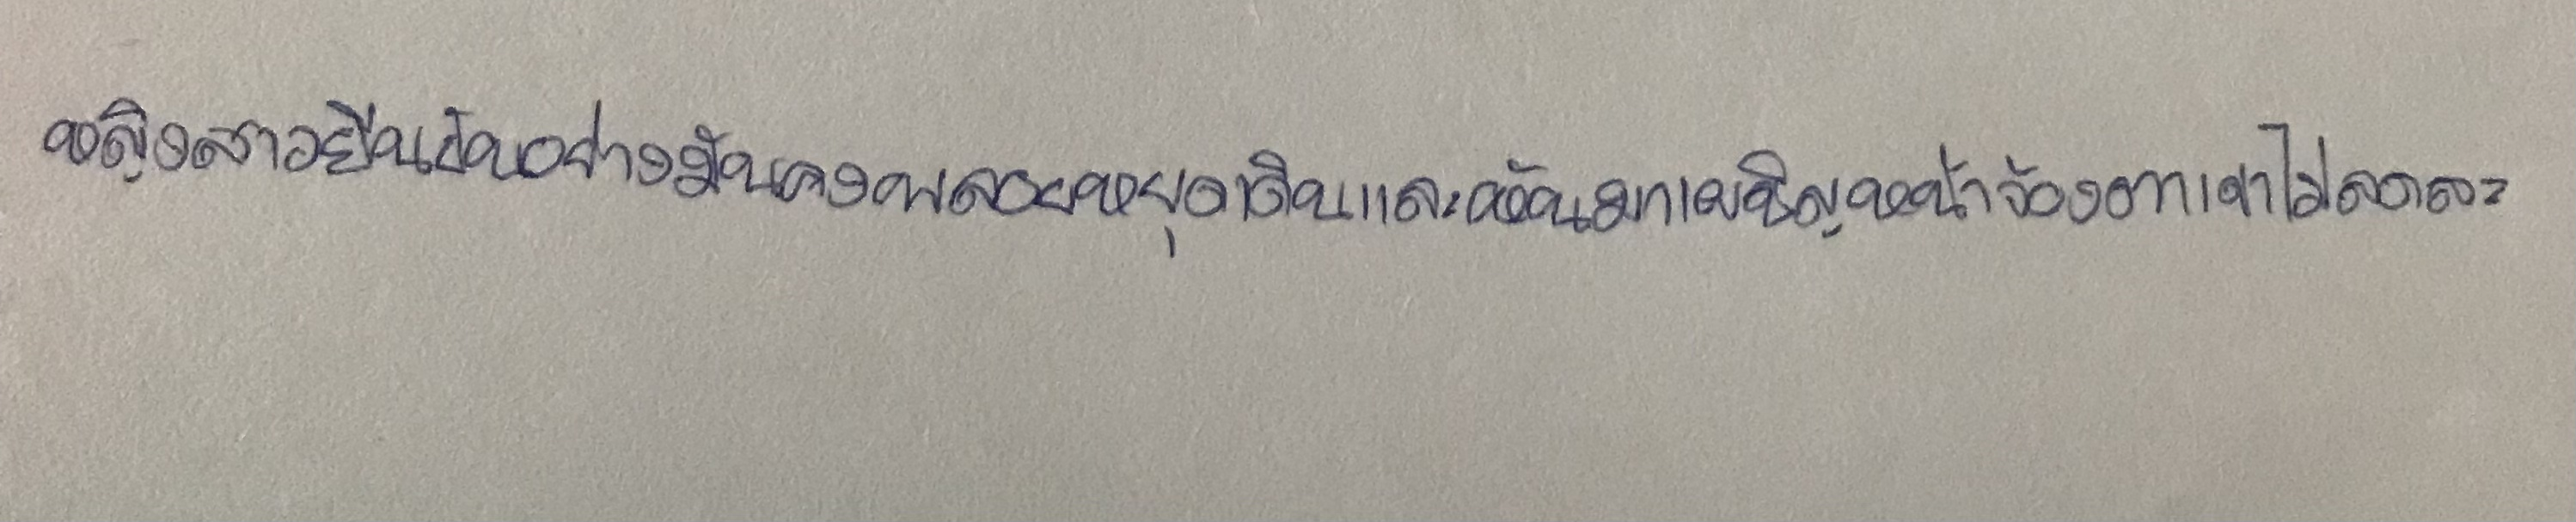
หญิงสาวยืนยันอย่างมันคงพลอยหยุดเดินและหันมาเผชิญหน้าจ้องตาเขาไม่ลดละ